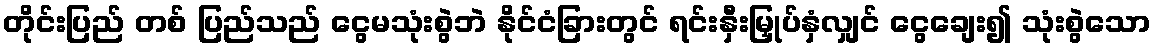
တိုင်းပြည် တစ် ပြည်သည် ငွေမသုံးစွဲဘဲ နိုင်ငံခြားတွင် ရင်းနှီးမြှုပ်နှံလျှင် ငွေချေး၍ သုံးစွဲသော